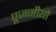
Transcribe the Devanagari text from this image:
पूजनीयों